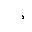
Letter: _dal